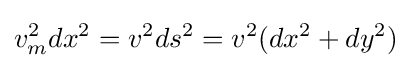
v_{m}^{2}dx^{2}=v^{2}ds^{2}=v^{2}(dx^{2}+dy^{2})